Veterinary regulations India, 1939 -
Year: 1939
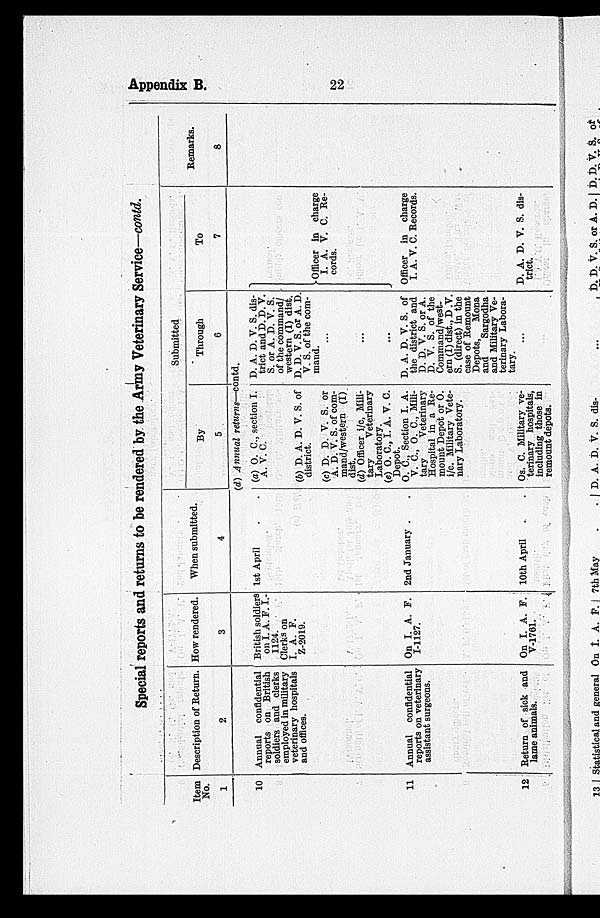
Appendix B.
22
Special reports and returns to be rendered by the Army Veterinary Service—contd.
Item
No.
1
10
11
12
Description of Return.
2
Annual confidential
reports on British
soldiers and clerks
employed in military
veterinary hospitals
and offices.
Annual confidential
reports on veterinary
assistant surgeons.
Return of sick and
lame animals.
How rendered.
3
British soldiers
on I. A. F. I.-
1124.
Clerks on
I. A. P.
Z-2019.
On I. A. F.
I-1127.
On I. A. F.
V-1761.
When submitted.
4
Submitted
By
5
Through
6
(d) Annual returns—contd.
1st April . .
2nd January . .
10th April
. .
(a) O. C., section I.
A. Y. C.
(b) D. A. D. V. S. of
district.
(c) D. D. V. S. or
A. D.V.S. of com-
mand/western (I)
dist.
(d) Officer i/c, Mili-
tary
Veterinary
Laboratory.
(e) O. C., I. A. V. C.
Depot.
O. C., Section I. A.
V. C., O. C., Mili-
tary
Veterinary
Hospital in a Re-
mount Depot or O.
i/c. Military Vete-
nary Laboratory.
Os. C. Military ve-
terinary hospitals,
including those in
remount depots.
D. A. D. V. S. dis-
trict and D. D. V.
S. or A. D. V. S.
of the command/
western (I) dist.
D. D. V. S. or A. D.
V. S. of the com-
mand.
...
...
...
D. A. D. V. S. of
the district and
D. D. V. S. or A.
D. V. S. of the
Command/west-
ern (I) dist., D.V.
S. (direct) in the
case of Remount
Depots,
Mona
and
Sargodha
and Military Ve-
terinary Labora-
tary.
...
To
7
Officer in charge
I. A. V. C. Re-
cords.
Officer in charge
I. A. V. C. Records.
D. A. D. V. S. dis-
trict.
Remarks.
8